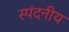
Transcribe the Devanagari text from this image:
स्पंदनीय